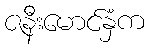
ဇနီးမောင်နှံက